[Report on the health of British troops in the Madras command]
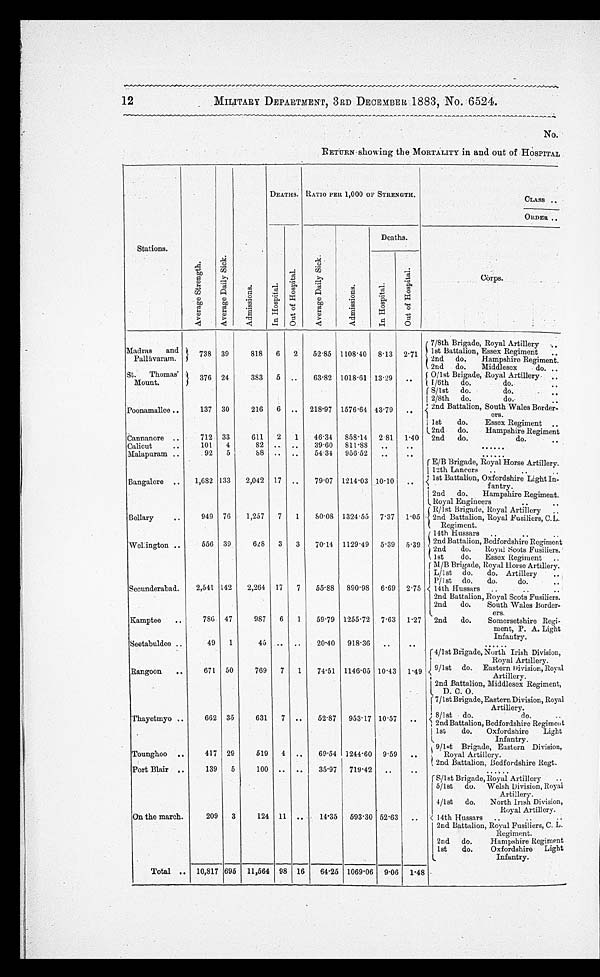
12
MILITARY DEPARTMENT, 3RD DECEMBER 1883, No. 6524.
No.
RETURN showing the MORTALITY in and out of HOSPITAL.
Stations.
A v e r a g e s t r e n g t h .
A v e r a g e D a i l y s i c k .
A d m i s s i o n s .
DEATHS. RATIO PER 1,000 OF STRENGTH.
CLASS ..
ORDER ..
I n H o s p i t a l .
O u t o f H o s p i t a l .
A v e r a g e D a i l y s i c k .
A d m i s s i o n s .
Deaths.
C o r p s .
I n H o s p i t a l .
O u t H o s p i t a l .
Madras and
Pallávaram.
738 39
818 6 2
52.85 1108.40 8.13 2.71
7/8th Brigade, Royal Artillery ..
1st Battalion, Essex Regiment
..
2nd do.
Hampshire Regiment.
2nd do.
Middlesex
do. ..
St. Thomas'
St Mount.
376 24
383 5 ..
63.82 1018.61 13.29 .. O/1st Brigade, Royal Artillery ..
1/6th do.
do..
Poonamallee ..
137 30
216 6 .. 218.97 1576.64 43.79 ..
S/1st do.
do.
..
2/8th do.
do.
..
2nd Battalion, South Wales Border-
ers.
1st
do.
Essex Regiment ..
2nd do.
Hampshire Regiment
Cannanore ..
712 33
611 2 1
46.34 8.58.14 2.81 1.40 2nd do.
do.
..
Calicut
..
101 4
82 .. ..
39.60 811.88 ...
..
......
Malapuram ..
92 5
88 .. ..
54.34 956.52 ..
..
......
Bangalore ..
1,682 133
2,042 17 ..
79.07 1214.03 10.10 ..
E/B Brigade, Royal Horse Artillery.
12th Lancers .. .. ..
1st Battalion, Oxford
shire Light In-fantry.
2nd do.
Hampshire Regiment.
Royal Engineers
..
Bellary
...
949 76 1,257 7
1 80.80 1324.55 7.37 1.05
R/1st Brigade, Royal Artillery
..
2nd Battalion, Royal Fusiliers, C. L.
Regiment.
Wellington ..
556 39
628 3 3
70.14 1129.49 5.39 5.39
14th Hussars
..
..
..
2nd Battalion, Bedfordshire Regiment
2nd
do.
Royal Scots Fusiliers.
1st
do. Essex Regiment ..
Secunderabad.
2,541 142
2,264 17 7
55.88 890.98 6.69 2.75
M/B Brigade, Royal Horse Artillery.
L/1st do. do. Artillery.
P/1st do. do.
do.
..
14th Hussars ..
.. ..
2nd Battalion, Royal Scots Fusiliers.
2nd do.
South Wales Border-
ers.
Kamptee
..
786 47
987 6 1
59.79 1255.72 7.63 1.27 2nd do.
Somersetshire Regi-
ment, P. A. Light
Infantry.
Seetabuldee ..
49 1
45 .. ..
20.40 918.36 ..
..
......
Rangoon
..
671 50
769 7 1
74.51 1146.05 10.43 1.49
4/1st Brigade, North Irish Division,
Royal Artillery.
9/1st do. Eastern Division, Roya
l Artillery.
2nd Battalion, Middlesex Regiment,
D. C. O.
Thayetmyo..
.
662 35
631 7 ..
52.87 95.17 10.57 ..
7/ 1st Brigade,Eastern Division, Royal
Artillery.
8/1st do.
do.
..
2nd Battalion, Bedfordshire Regiment
1st
do. Oxfordshire Light
Infantry.
Tounghoo ..
417 29
519 4 ..
69.54 1241.60 9.59 ..
9/1st Brigade, Eastern Division,
Royal Artillery.
2nd Battalion, Bedfordshire Regt.
Port Blair ..
139 5
100 .. ..
35.97 719.42 ..
..
......
On the march.
209
3
124 11 ..
14.35 593.30 52.63 ..
S/lst Brigade, Royal Artillery
..
5/1st do. Welsh Division, Royal
Artillery.
4/1st do.
North Irish Division,
Royal Artillery.
14th Hussars .. .. ..
2nd Battalion, Royal Fusiliers, C. L.
Regiment.
2nd do.
Hampshire Regiment
1st
do.
Oxfordshire Light
Infantry.
Total .. 10,817 695
11,564 98 16
64.25 1069.06 9.06 1.48